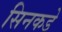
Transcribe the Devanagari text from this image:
सिनकडे